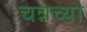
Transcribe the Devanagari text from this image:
चन्नच्या